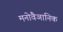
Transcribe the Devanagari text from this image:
मनोवैञानिक